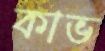
কাভ